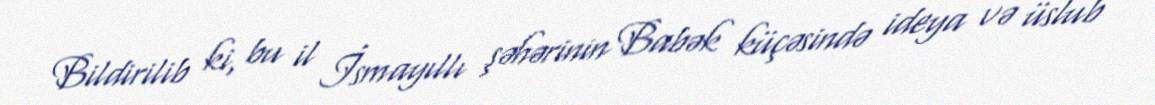
Bildirilib ki, bu il İsmayıllı şəhərinin Babək küçəsində ideya və üslub